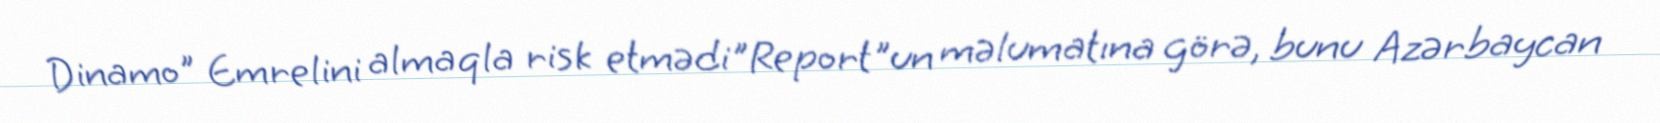
Dinamo" Emrelini almaqla risk etmədi"Report"un məlumatına görə, bunu Azərbaycan